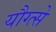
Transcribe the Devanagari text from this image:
यौग्त्से